Report of the Indian Hemp Drugs Commission, 1894-1895 - Volume II
Year: 1894
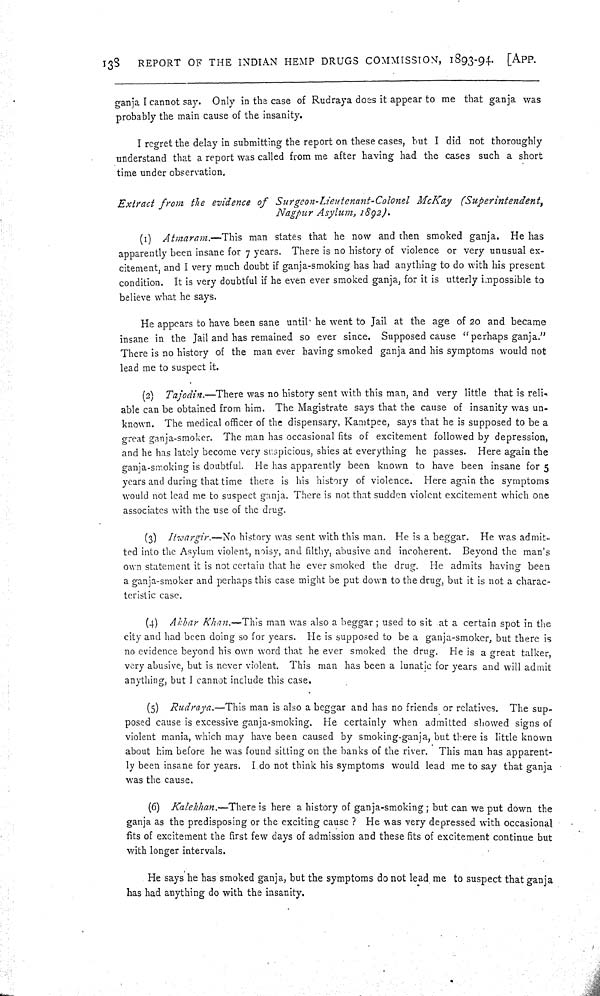
138
REPORT OF THE INDIAN HEMP DRUGS COMMISSION, 1893-94. [APP.
ganja I cannot say. Only in the case of Rudraya does it appear to me that ganja was
probably the main cause of the insanity.
I regret the delay in submitting the report on these cases, but I did not thoroughly
understand that a report was called from me after having had the cases such a short
time under observation.
Extract from the evidence of Surgeon-Lieutenant-Colonel McKay (Superintendent,
Nagpur Asylum, 1892).
(1) Atmaram.—This man states that he now and then smoked ganja. He has
apparently been insane for 7 years. There is no history of violence or very unusual ex-
citement, and I very much doubt if ganja-smoking has had anything to do with his present
condition. It is very doubtful if he even ever smoked ganja, for it is utterly impossible to
believe what he says.
He appears to have been sane until he went to Jail at the age of 20 and became
insane in the Jail and has remained so ever since. Supposed cause "perhaps ganja."
There is no history of the man ever having smoked ganja and his symptoms would not
lead me to suspect it.
(2) Tajodin.—There was no history sent with this man, and very little that is reli-
able can be obtained from him. The Magistrate says that the cause of insanity was un-
known. The medical officer of the dispensary, Kamtpee, says that he is supposed to be a
great ganja-smoker. The man has occasional fits of excitement followed by depression,
and he has lately become very suspicious, shies at everything he passes. Here again the
ganja-smoking is doubtful. He has apparently been known to have been insane for 5
years and during that time there is his history of violence. Here again the symptoms
would not lead me to suspect ganja. There is not that sudden violent excitement which one
associates with the use of the drug.
(3) Itwargir.—No history was sent with this man. He is a beggar. He was admit-
ted into the Asylum violent, noisy, and filthy, abusive and incoherent. Beyond the man's
own statement it is not certain that he ever smoked the drug. He admits having been
a ganja-smoker and perhaps this case might be put down to the drug, but it is not a charac-
teristic case.
(4) Akbar Khan.—This man was also a beggar; used to sit at a certain spot in the
city and had been doing so for years. He is supposed to be a ganja-smoker, but there is
no evidence beyond his own word that he ever smoked the drug. He is a great talker,
very abusive, but is never violent. This man has been a lunatic for years and will admit
anything, but I cannot include this case.
(5) Rudraya.—This man is also a beggar and has no friends or relatives. The sup-
posed cause is excessive ganja-smoking. He certainly when admitted showed signs of
violent mania, which may have been caused by smoking-ganja, but there is little known
about him before he was found sitting on the banks of the river. This man has apparent-
ly been insane for years. I do not think his symptoms would lead me to say that ganja
was the cause.
(6) Kalekhan.—There is here a history of ganja-smoking; but can we put down the
ganja as the predisposing or the exciting cause? He was very depressed with occasional
fits of excitement the first few days of admission and these fits of excitement continue but
with longer intervals.
He says he has smoked ganja, but the symptoms do not lead me to suspect that ganja
has had anything do with the insanity.